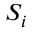
S _ { i }